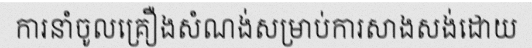
ការនាំចូលគ្រឿងសំណង់សម្រាប់ការសាងសង់ដោយ